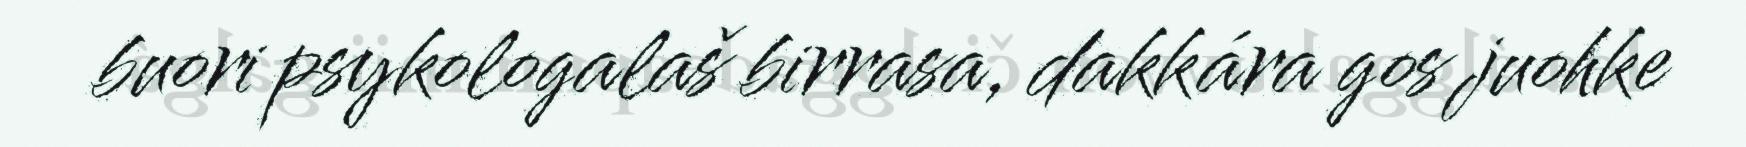
buori psykologalaš birrasa, dakkára gos juohke